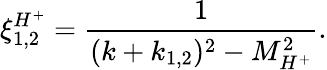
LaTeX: \xi_{1,2}^{H^{+}}=\frac{1}{(k+k_{1,2})^{2}-M_{H^{+}}^{2}}.